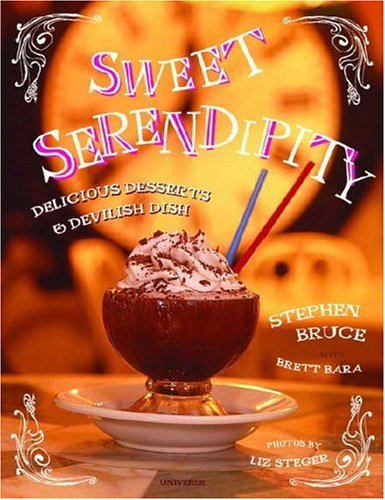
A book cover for Sweet Serendipity: Delightful Desserts and Devilish Dish; Stephen Bruce; Cookbooks, Food & Wine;